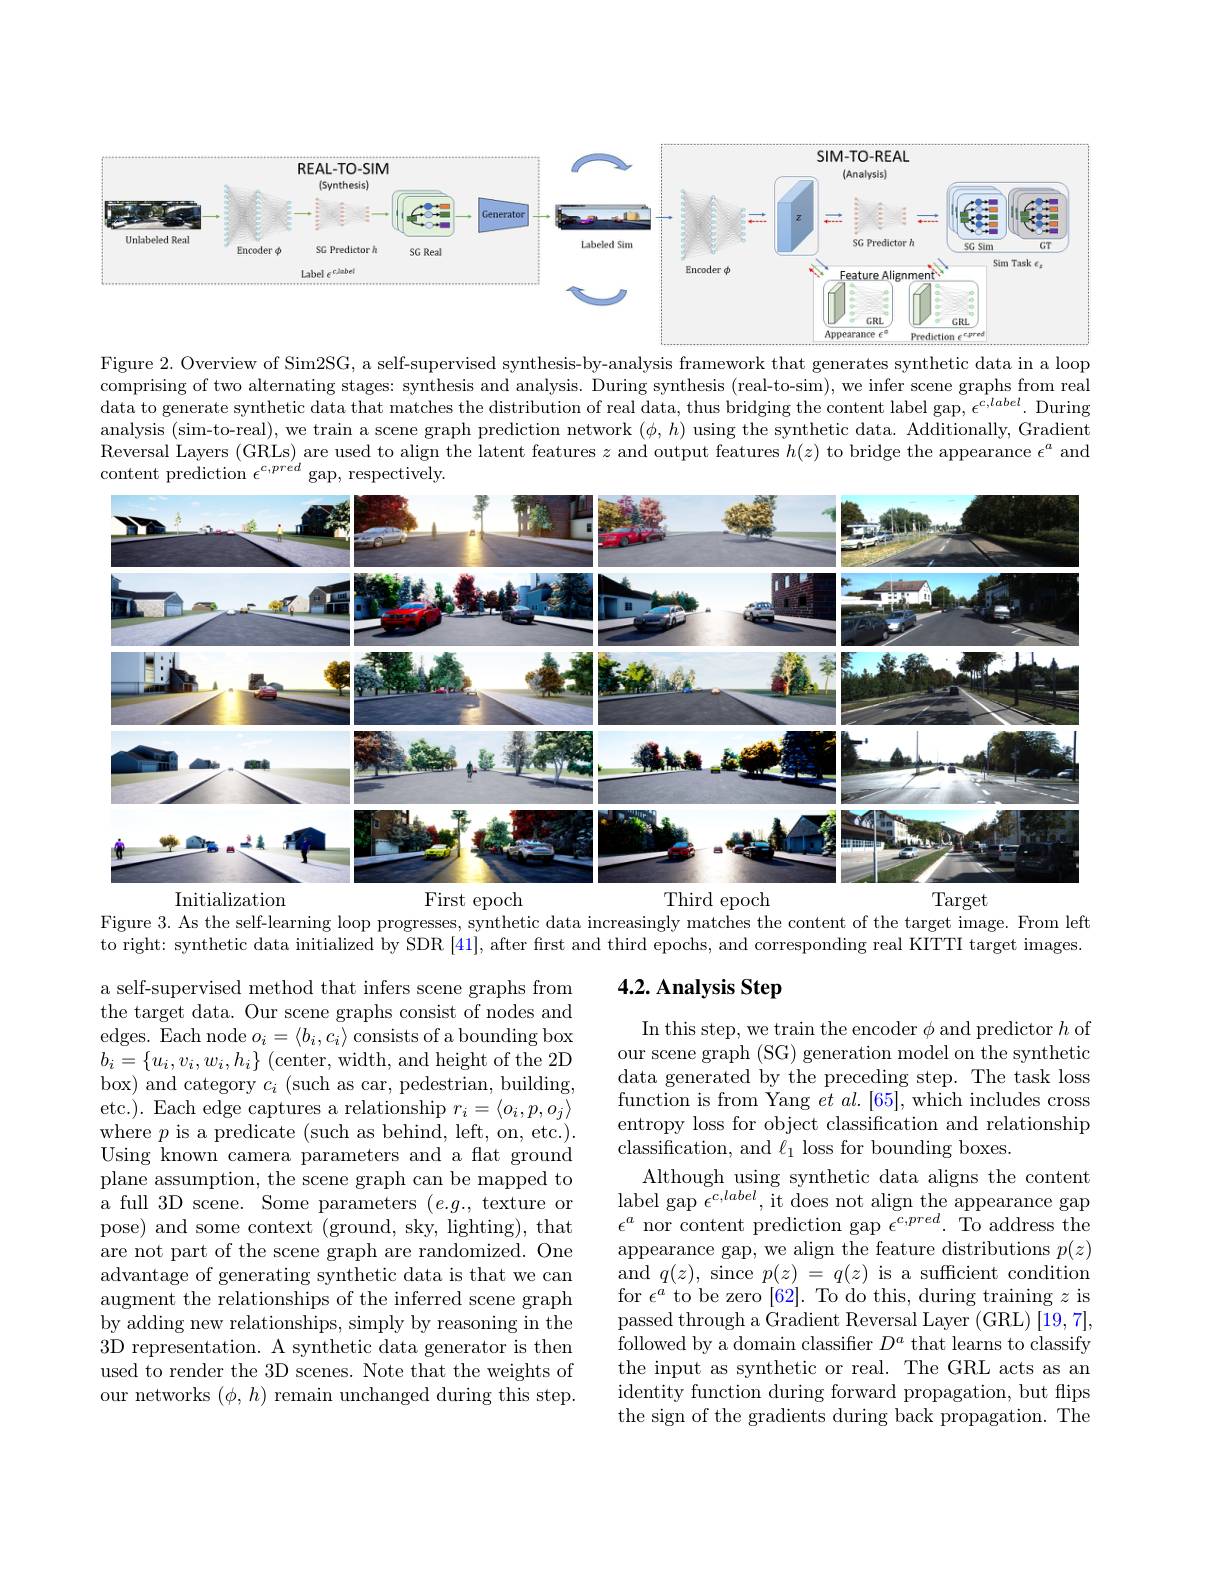
<FigureHere>

Figure 2. Overview of Sim2SG, a self-supervised synthesis-by-analysis framework that generates synthetic data in a loop comprising of two alternating stages: synthesis and analysis. During synthesis (real-to-sim), we infer scene graphs from real data to generate synthetic data that matches the distribution of real data, thus bridging the content label gap, $\epsilon^{c,labcl}.$ During analysis (sim-to-real), we train a scene graph prediction network $(\phi,h)$ using the synthetic data. Additionally, Gradient Reversal Layers (GRLs) are used to align the latent features $z$ and output features $h(z)$ to bridge the appearance $\epsilon^a$ and content prediction $\epsilon^{c,pre^{\prime}d}$

<FigureHere>
Initialization
First epoch
Third epoch
Target

Figure 3. As the self-learning loop progresses, synthetic data increasingly matches the content of the target image. From left

to right: synthetic data initialized by SDR [41], after first and third epochs, and corresponding real KITTI target images.

## 4.2. Analysis Step

a self-supervised method that infers scene graphs from the target data. Our scene graphs consist of nodes and edges. Each node $o_i=\langle b_i,c_i\rangle$ consists of a bounding box $b_{i}=\{u_{i},v_{i},w_{i},h_{i}\}$ (center, width, and height of the 2D box) and category $c_i$ (such as car, pedestrian, building, etc.). Each edge captures a relationship $r_i=\langle o_i,p,o_j\rangle$ where $p$ is a predicate (such as behind, left, on, etc.). Using known camera parameters and a flat ground plane assumption, the scene graph can be mapped to ${\mathrm{a~full~3D~scene.~Some~parameters~}}(e.g.,{\mathrm{~texture~or}}$ pose) and some context (ground, sky, lighting), that are not part of the scene graph are randomized. One advantage of generating synthetic data is that we can augment the relationships of the inferred scene graph by adding new relationships, simply by reasoning in the 3D representation. A synthetic data generator is then used to render the 3D scenes. Note that the weights of our networks $(\phi,h)$ remain unchanged during this step.

In this step, we train the encoder $\phi$ and predictor $h$ of our scene graph (SG) generation model on the synthetic data generated by the preceding step. The task loss function is from Yang $et\textit{al. [ 65] , which includes cross}$ entropy loss for object classification and relationship classification, and $\ell_1$ loss for bounding boxes.
Although using synthetic data aligns the content label gap $\bar{\epsilon}^{c,label}$, it does not align the appearance gap $\epsilon^{a}$ nor content prediction gap $\epsilon^c,pred.$ To address the appearance gap, we align the feature distributions $p(z)$ $\begin{array}{l}\text{and}\:q(z),\:\text{since }p(z)\:=\:q(z)\:\text{is a sufficient condition}\\\text{for }\epsilon^a\:\text{to be zero [62]. To do this, during training }z\:\text{is}\end{array}$ passed through a Gradient Reversal Layer (GRL) [19,7], followed by a domain classifier $D^a$ that learns to classify the input as synthetic or real. The GRL acts as an identity function during forward propagation, but flips the sign of the gradients during back propagation. The